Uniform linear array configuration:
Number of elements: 4
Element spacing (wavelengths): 0.25
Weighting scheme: kaiser
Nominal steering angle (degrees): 30
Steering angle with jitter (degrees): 29.703
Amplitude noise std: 0.05
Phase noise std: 0.05

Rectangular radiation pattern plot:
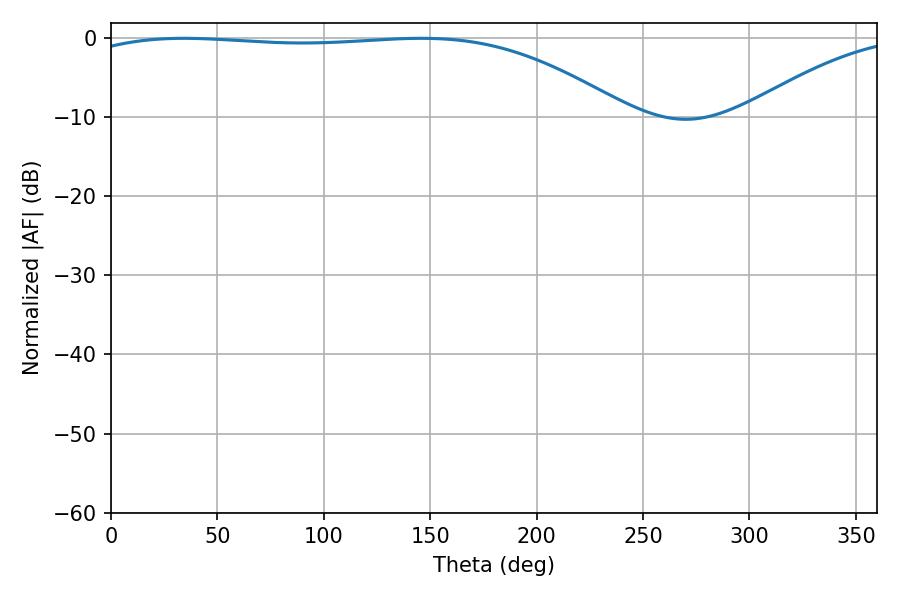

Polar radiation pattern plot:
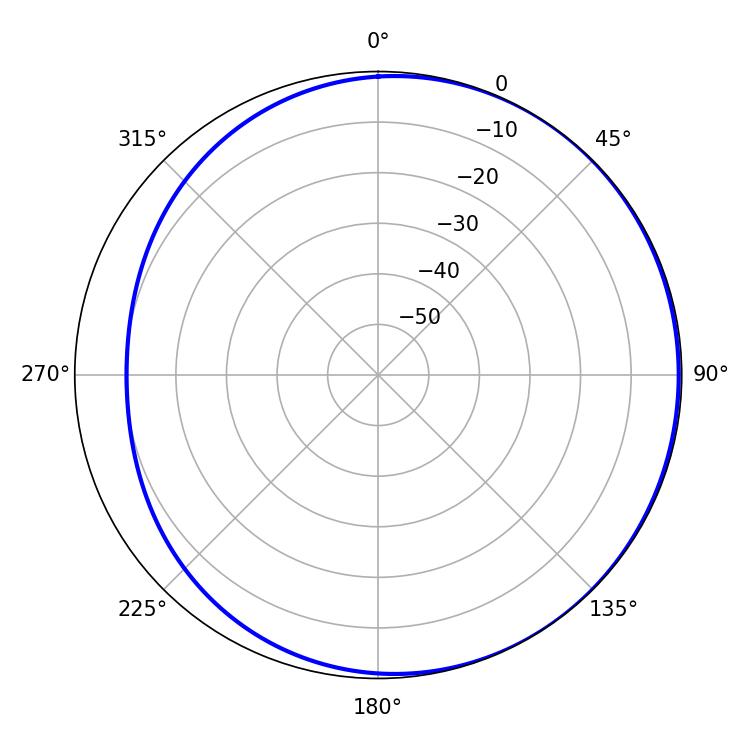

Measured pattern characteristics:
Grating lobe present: FALSE
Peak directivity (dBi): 1.495
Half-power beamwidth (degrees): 202.68
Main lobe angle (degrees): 34.2